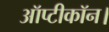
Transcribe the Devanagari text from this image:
ऑप्टीकॉन।